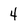
Character: 4